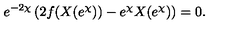
e ^ { - 2 \chi } \left( 2 f ( X ( e ^ { \chi } ) ) - e ^ { \chi } X ( e ^ { \chi } ) \right) = 0 .